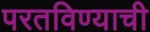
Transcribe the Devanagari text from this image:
परतविण्याची